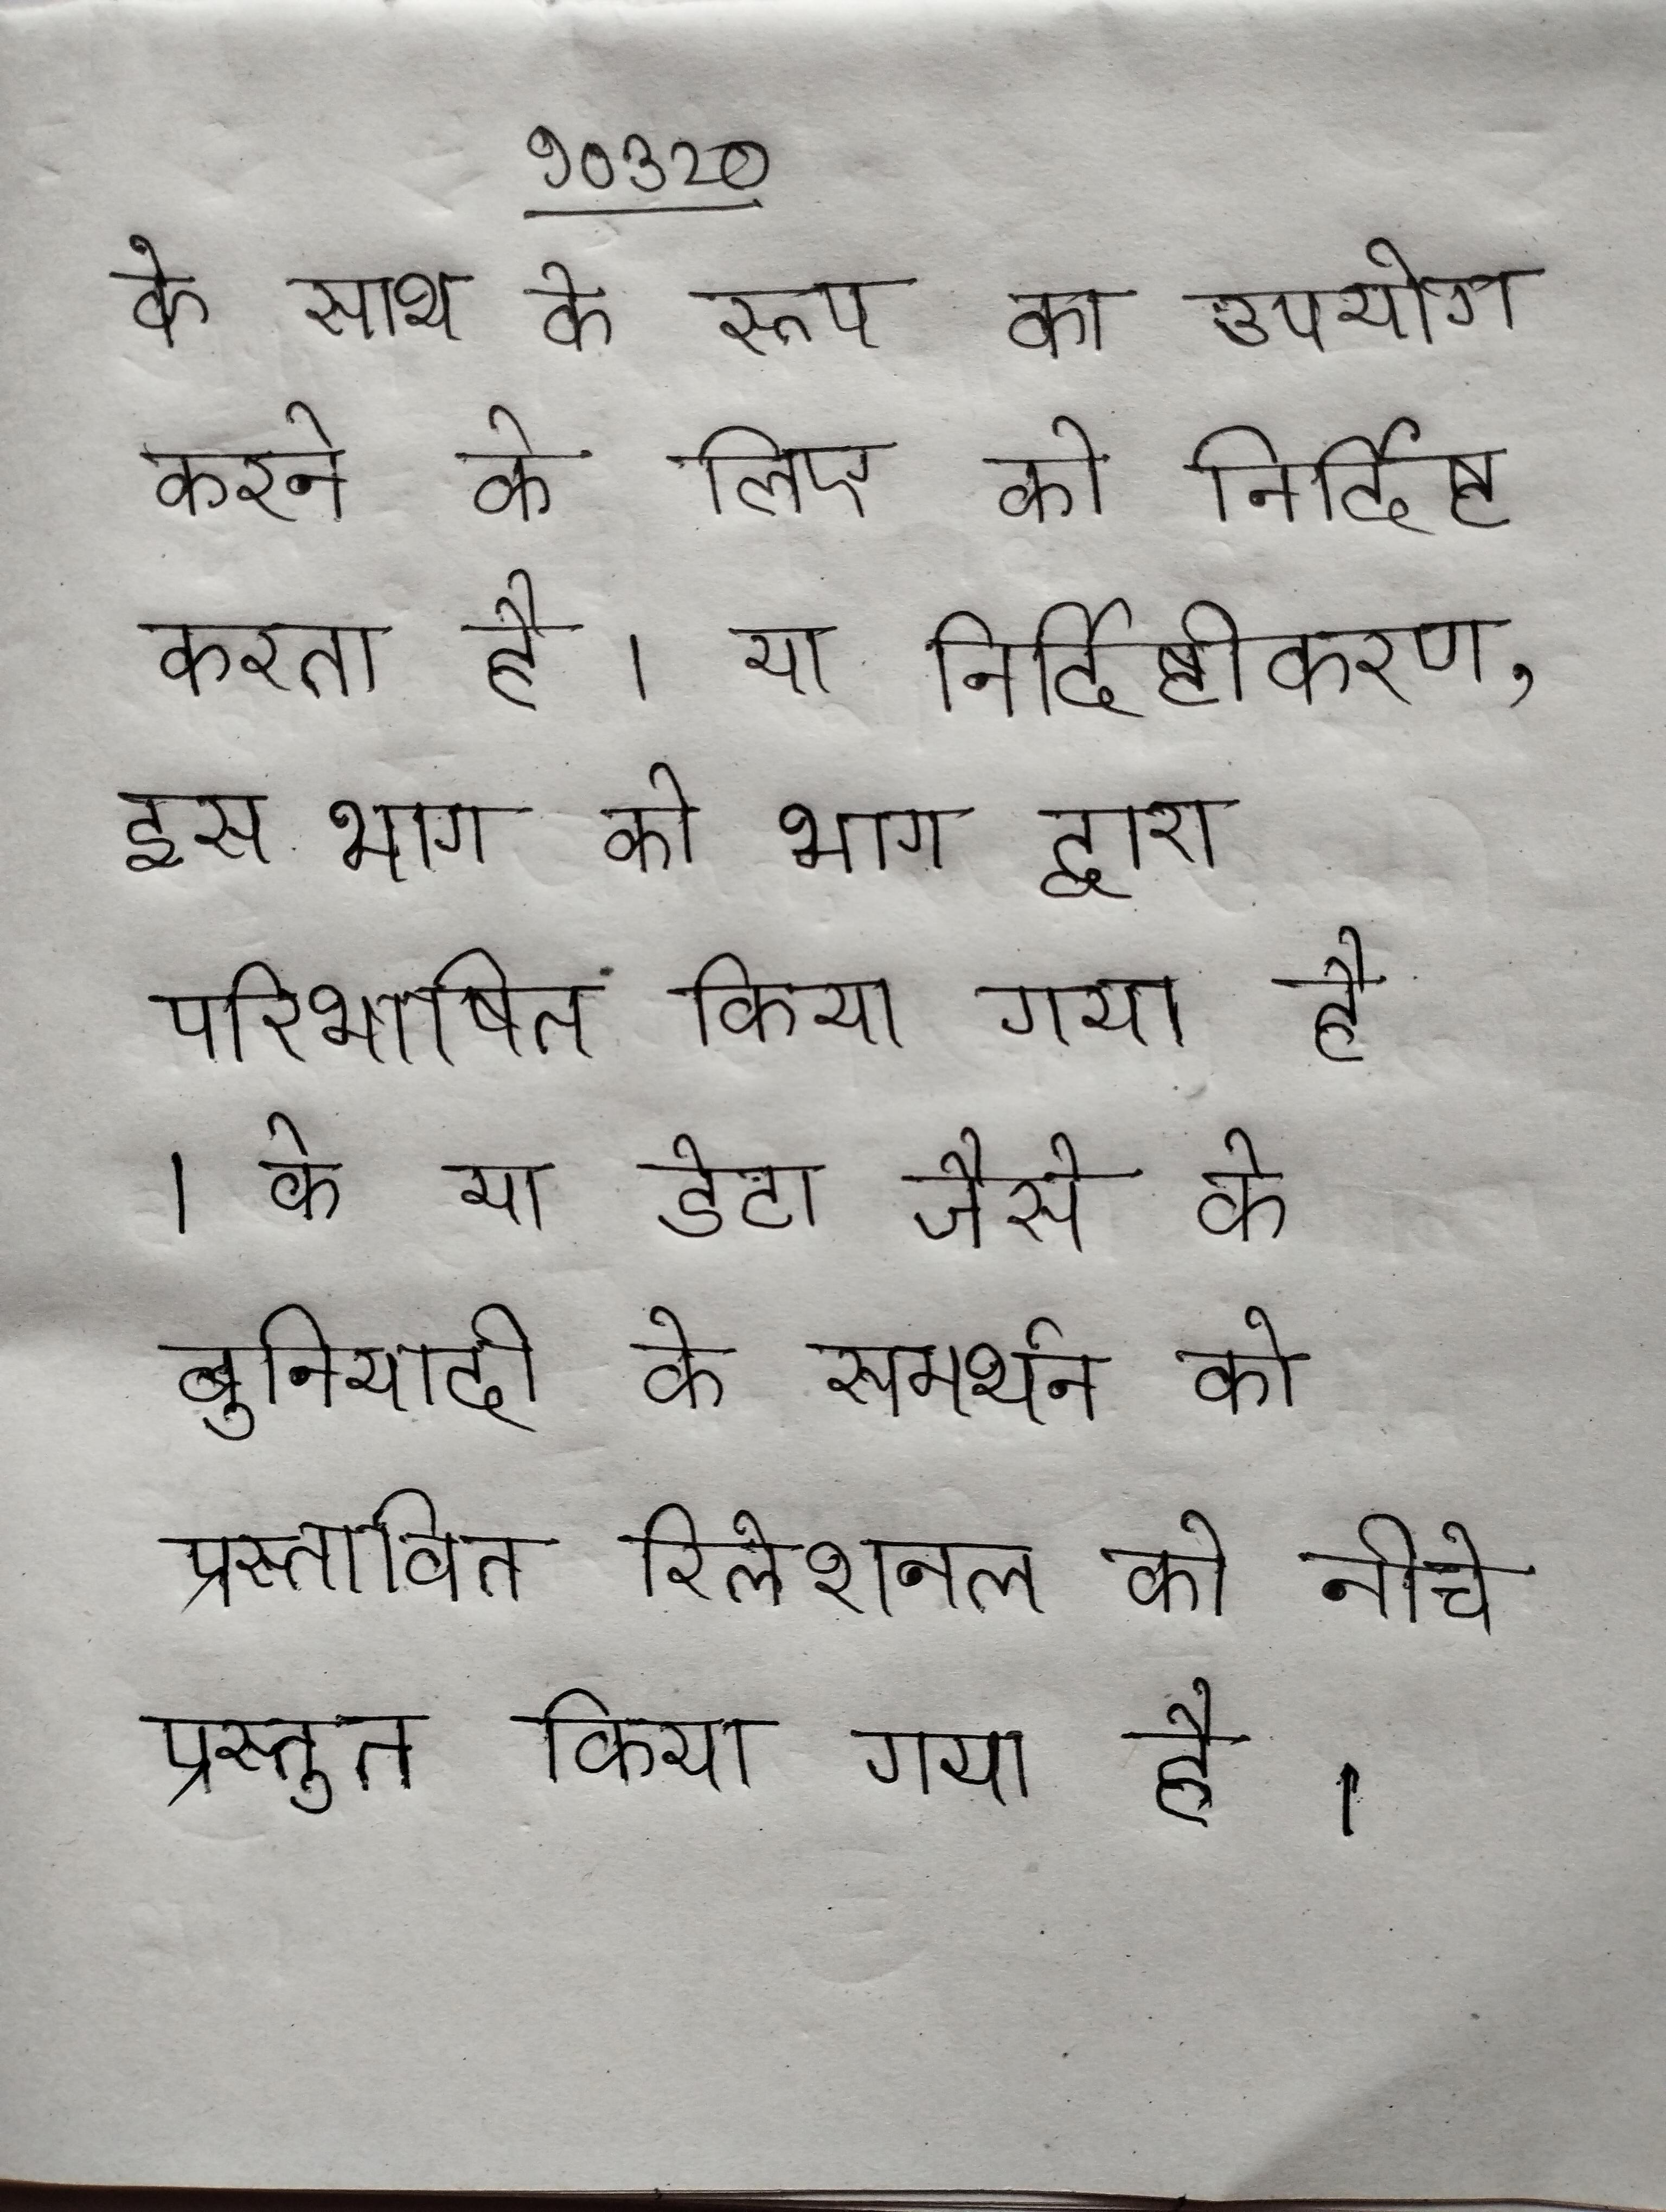
के साथ के रूप का उपयोग करने के लिए को निर्दिष्ट करता है । या निर्दिष्टीकरण, इस भाग को भाग द्वारा परिभाषित किया गया है । के या डेटा जैसे के बुनियादी के समर्थन को भुला दिया जाता है । के प्रस्तावित रिलेशनल को नीचे प्रस्तुत किया गया है ।